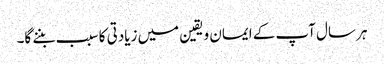
ہر سال آپ کے ایمان ویقین میں زیادتی کا سبب بننے گا۔